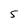
Character: 5